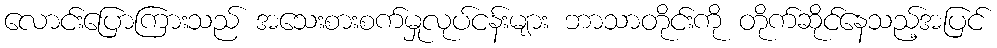
လောင်းပြောကြားသည် အသေးစားစက်မှုလုပ်ငန်းများ ဘာသာတိုင်းကို တိုက်ဆိုင်နေသည့်အပြင်